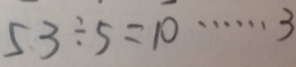
5 3 \div 5 = 1 0 \cdots 3